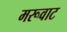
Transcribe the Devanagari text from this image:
मरूवाट